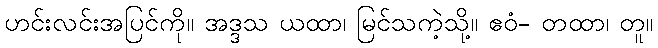
ဟင်းလင်းအပြင်ကို။ အဒ္ဒသ ယထာ၊ မြင်သကဲ့သို့။ ဧဝံ- တထာ၊ တူ။